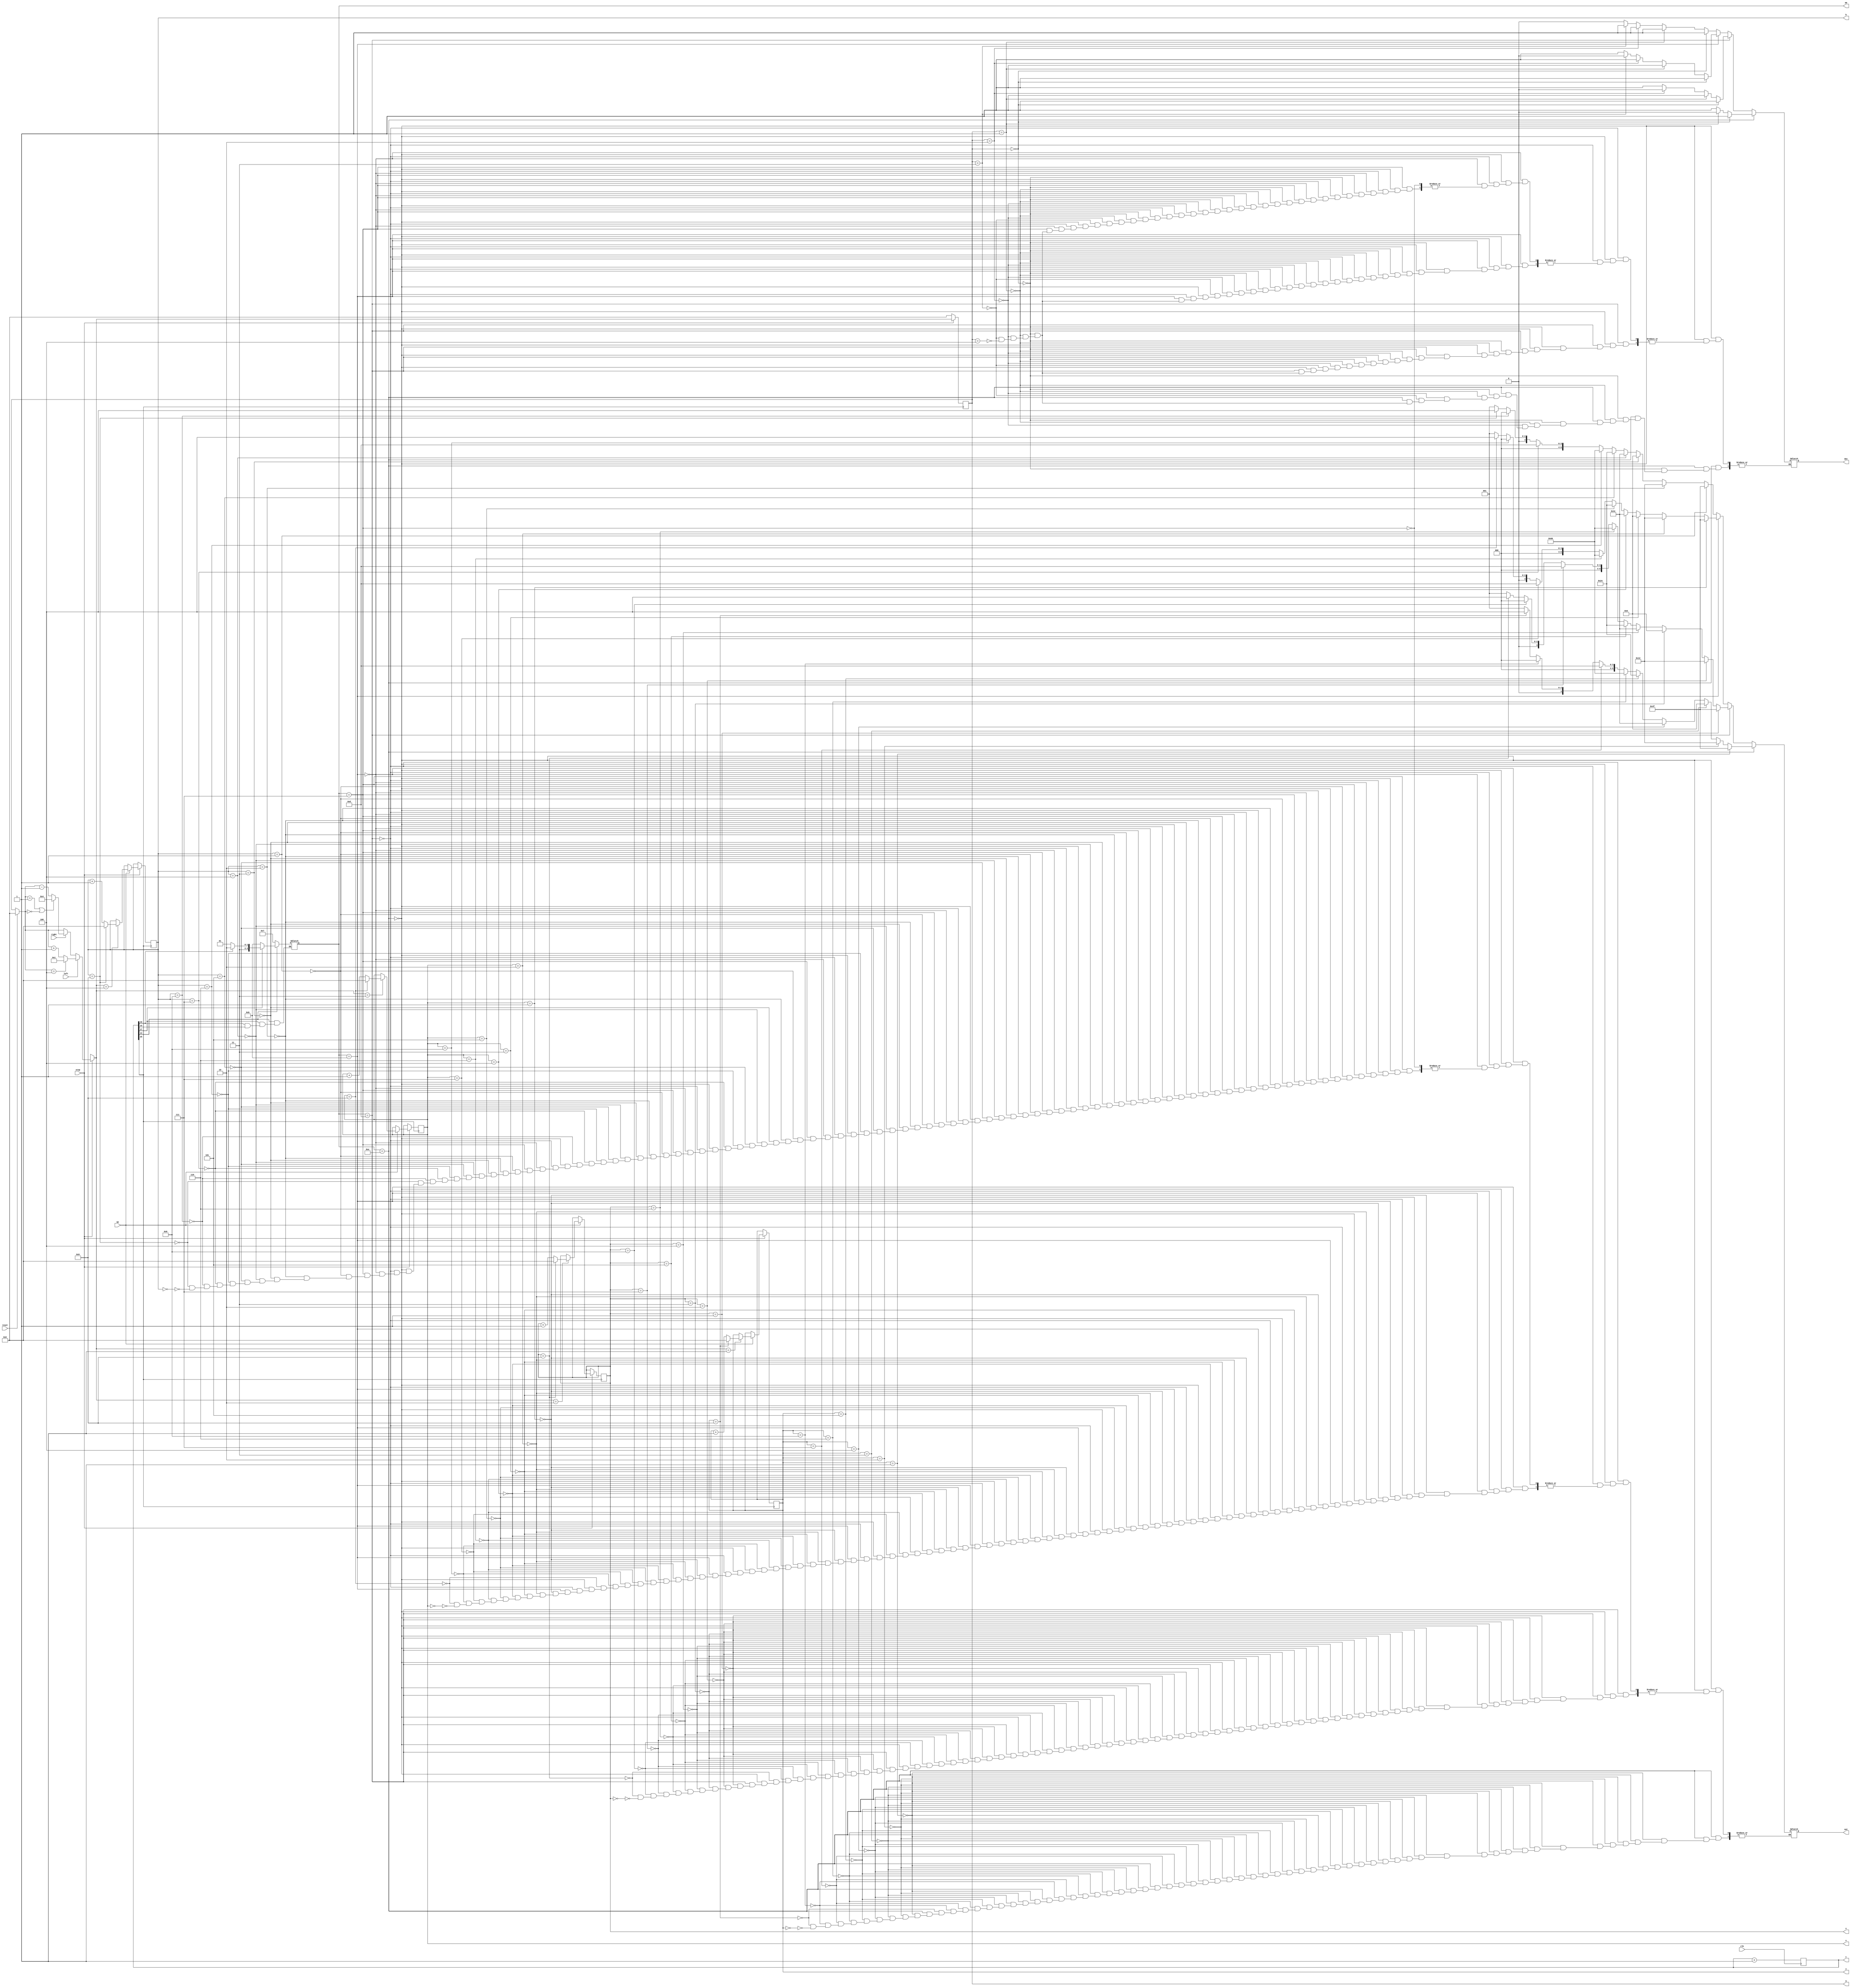
module gfg(clk,reset,right,stop,left,dot,am,c,a,out,z,x,b,v,up);
input clk,reset,right,left,stop,up;
output reg [25:0] c;
output reg [3:0] am,a=1,z,x,b,v;
output reg dot;
output reg [6:0] out;

always@(posedge clk)
c=c+1;
always@(posedge c[25])
begin
	if (reset)
	a=0;
	if (stop)
	begin
		   if (left)
		begin if (a==4) a=4'd1; else a=a+1; end
	else  if (right)
		begin if (a==1 || a==0) a=4'd4; else a=a-1; end

	
	if (up) begin if (a==1) begin if (z==9) z=0; else z=z+1; end else z=z; end
	if (up) begin if (a==2) begin if (x==9) x=0; else x=x+1; end else x=x; end
	if (up) begin if (a==3) begin if (v==9) v=0; else v=v+1; end else v=v; end	
	if (up) begin if (a==4) begin if (b==9) b=0; else b=b+1; end else b=b; end
	end
	else 
	begin
	a=0;
	end
end
	
	always@(c)
	begin
	if (c[15]==0) am=4'b1110;
	if (c[16]==0) am=4'b1101;
	if (c[17]==0) am=4'b1011;
	if (c[14]==0) am=4'b0111;
	end
	
	
always@(a)
begin
if (am==4'b1110)
begin
		if (a==0) dot=1;
else 	if (a==1) dot=0;
else 	if (a==2) dot=1;
else 	if (a==3) dot=1;
else 	if (a==4) dot=1;

	  if(z==1)  begin out=7'b1001111; end
else if(z==2)  begin out=7'b0010010; end
else if(z==3)  begin out=7'b0000110; end
else if(z==4)  begin out=7'b1001100; end
else if(z==5)  begin out=7'b0100100; end
else if(z==6)  begin out=7'b1100000; end
else if(z==7)  begin out=7'b0001101; end
else if(z==8)  begin out=7'b0000000; end
else if(z==9)  begin out=7'b0000100; end
else if(z==0)  begin out=7'b0000001; end

end

else if (am==4'b1101)
begin
		if (a==0) dot=1;
else 	if (a==1) dot=1;
else 	if (a==2) dot=0;
else 	if (a==3) dot=1;
else 	if (a==4) dot=1;

	  if(x==1)  begin out=7'b1001111; end
else if(x==2)  begin out=7'b0010010; end
else if(x==3)  begin out=7'b0000110; end
else if(x==4)  begin out=7'b1001100; end
else if(x==5)  begin out=7'b0100100; end
else if(x==6)  begin out=7'b1100000; end
else if(x==7)  begin out=7'b0001101; end
else if(x==8)  begin out=7'b0000000; end
else if(x==9)  begin out=7'b0000100; end
else if(x==0)  begin out=7'b0000001; end

end

else if (am==4'b1011)
begin
		if (a==0) dot=1;
else 	if (a==1) dot=1;
else 	if (a==2) dot=1;
else 	if (a==3) dot=0;
else 	if (a==4) dot=1;

	  if(v==1)  begin out=7'b1001111; end
else if(v==2)  begin out=7'b0010010; end
else if(v==3)  begin out=7'b0000110; end
else if(v==4)  begin out=7'b1001100; end
else if(v==5)  begin out=7'b0100100; end
else if(v==6)  begin out=7'b1100000; end
else if(v==7)  begin out=7'b0001101; end
else if(v==8)  begin out=7'b0000000; end
else if(v==9)  begin out=7'b0000100; end
else if(v==0)  begin out=7'b0000001; end

end

else if (am==4'b0111)
begin
		if (a==0) dot=1;
else 	if (a==1) dot=1;
else 	if (a==2) dot=1;
else 	if (a==3) dot=1;
else 	if (a==4) dot=0;

	  if(b==1)  begin out=7'b1001111; end
else if(b==2)  begin out=7'b0010010; end
else if(b==3)  begin out=7'b0000110; end
else if(b==4)  begin out=7'b1001100; end
else if(b==5)  begin out=7'b0100100; end
else if(b==6)  begin out=7'b1100000; end
else if(b==7)  begin out=7'b0001101; end
else if(b==8)  begin out=7'b0000000; end
else if(b==9)  begin out=7'b0000100; end
else if(b==0)  begin out=7'b0000001; end

end
end

endmodule